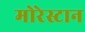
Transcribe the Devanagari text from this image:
मोरेस्टान